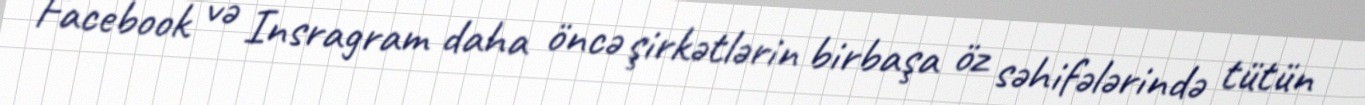
Facebook və Insragram daha öncə şirkətlərin birbaşa öz səhifələrində tütün